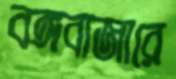
বঙ্গবাজারে